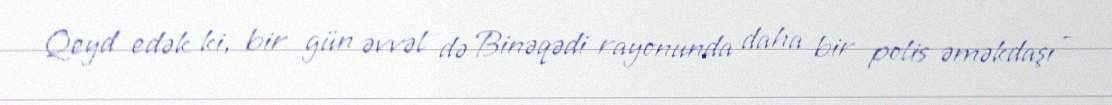
Qeyd edək ki, bir gün əvvəl də Binəqədi rayonunda daha bir polis əməkdaşı -